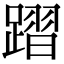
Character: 𨄌